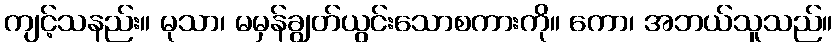
ကျင့်သနည်း။ မုသာ၊ မမှန်ချွတ်ယွင်းသောစကားကို။ ကော၊ အဘယ်သူသည်။